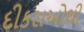
દીકરાઓથી